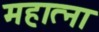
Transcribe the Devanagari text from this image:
महात्ना